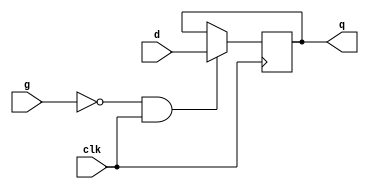
module sn74ls377(q, d, clk, g);
input [7:0] d;
input clk, g;
reg [7:0] ff;
output [7:0] q;

parameter
	// TI TTL data book Vol 1, 1985
	tPLH_min=0, tPLH_typ=17, tPLH_max=27,
	tPHL_min=0, tPHL_typ=28, tPHL_max=27;

initial
begin
	ff <= 8'bxxxxxxxx;
end

always @(posedge clk)
begin
	if (g==0 && clk==1)
		ff <= d;
end

assign #(tPLH_min:tPLH_typ:tPLH_max, tPHL_min:tPHL_typ:tPHL_max)
	q = ff;
endmodule